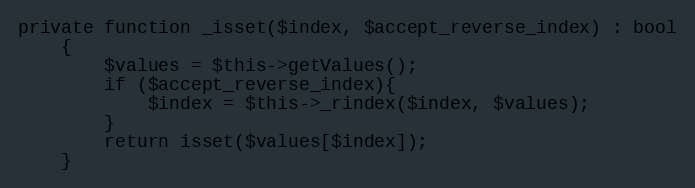
Language: PHP
private function _isset($index, $accept_reverse_index) : bool
    {
        $values = $this->getValues();
        if ($accept_reverse_index){
            $index = $this->_rindex($index, $values);
        }
        return isset($values[$index]);
    }